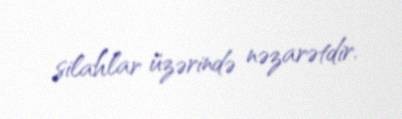
silahlar üzərində nəzarətdir.